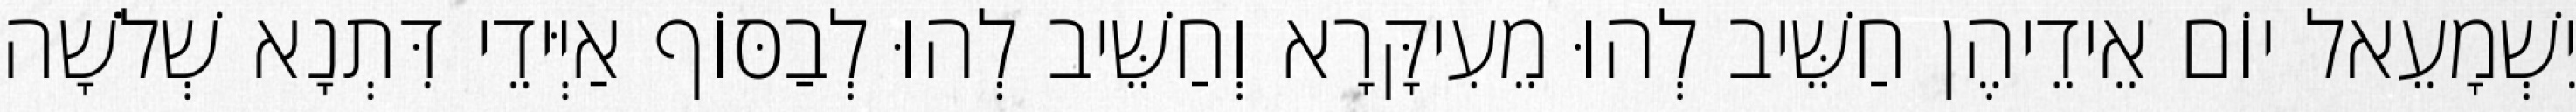
יִשְׁמָעֵאל יוֹם אֵידֵיהֶן חַשֵּׁיב לְהוּ מֵעִיקָּרָא וְחַשֵּׁיב לְהוּ לְבַסּוֹף אַיְּידֵי דִּתְנָא שְׁלֹשָׁה